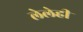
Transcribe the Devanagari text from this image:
लेलेही